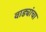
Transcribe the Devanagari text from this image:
वाड्यांचा